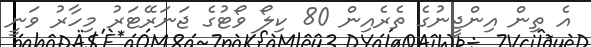
އެ ތިން އިންޖީނުގެ ތެރެއިން 80 ކިލޯ ވޯޓުގެ ޖަނަރޭޓަރު މިހާރު ވަނީ